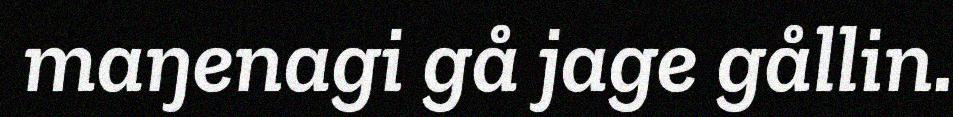
maŋenagi gå jage gållin.